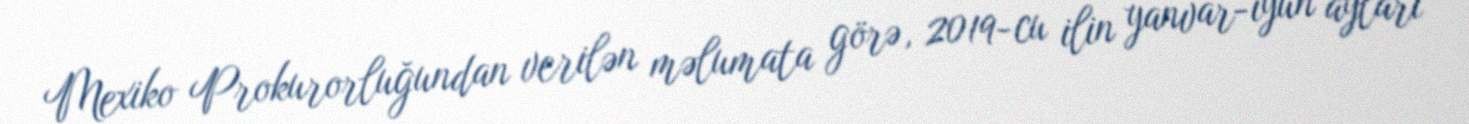
Mexiko Prokurorluğundan verilən məlumata görə, 2019-cu ilin yanvar-iyun ayları